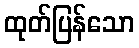
ထုတ်ပြန်သော